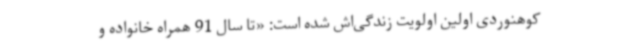
کوهنوردی اولین اولویت زندگی‌اش شده است: «تا سال 91 همراه خانواده و